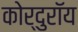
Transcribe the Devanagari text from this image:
कोर्दुरॉय